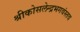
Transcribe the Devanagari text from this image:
श्रीकोसलेन्द्रभगवंस्तव